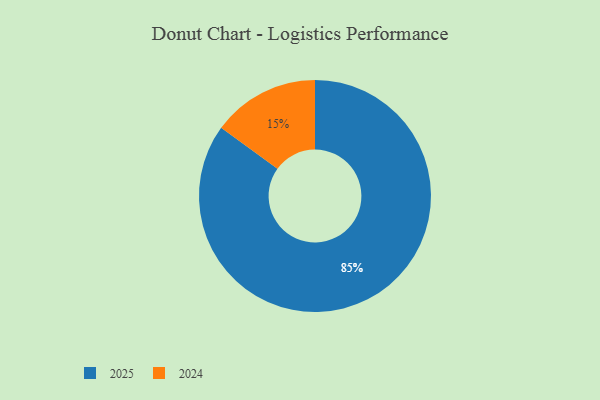
{"axis": {"x": "Category", "y": "Percentage"}, "legend": ["2024", "2025"], "data": [{"x": "2024", "y": 15, "type": "2024"}, {"x": "2025", "y": 85, "type": "2025"}]}